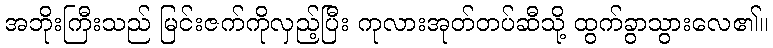
အဘိုးကြီးသည် မြင်းဇက်ကိုလှည့်ပြီး ကုလားအုတ်တပ်ဆီသို့ ထွက်ခွာသွားလေ၏။